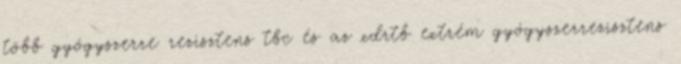
több gyógyszerre rezisztens tbc és az xdrtb extrém gyógyszerrezisztens